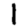
Digit: 1